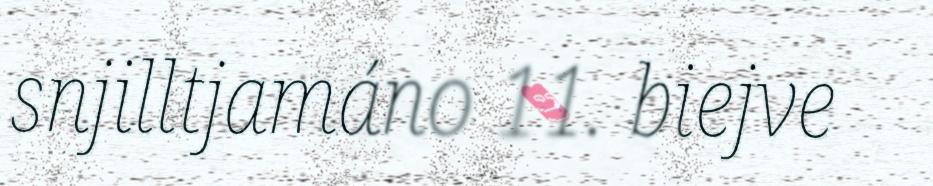
snjilltjamáno 11. biejve